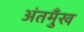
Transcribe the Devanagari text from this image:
अंतमुँख